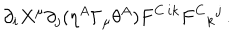
\partial _ { i } X ^ { \mu } \partial _ { j } ( \eta ^ { A } \Gamma _ { \mu } \theta ^ { A } ) F ^ { C \, i k } F ^ { C } { } _ { k } { } ^ { j } \, .